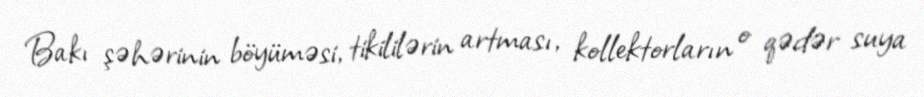
Bakı şəhərinin böyüməsi, tikililərin artması, kollektorların o qədər suya